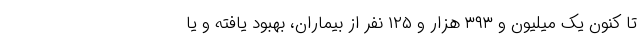
تا کنون یک میلیون و ۳۹۳ هزار و ۱۲۵ نفر از بیماران، بهبود یافته و یا